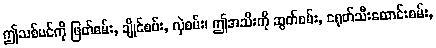
ဤသစ်ပင်ကို ဖြတ်စမ်း, ချိုင်စမ်း, လှဲစမ်း၊ ဤအသီးကို ဆွတ်စမ်း, ငရုတ်သီးထောင်းစမ်း,